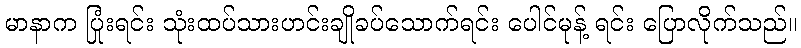
မာနာက ပြုံးရင်း သုံးထပ်သားဟင်းချိုခပ်သောက်ရင်း ပေါင်မုန့် ရင်း ပြောလိုက်သည်။